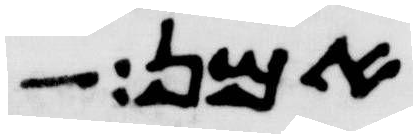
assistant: אמן